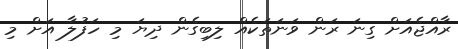
ރާއްޖެއަށް ގިނަ ރަން ވަނަތަކެއް ލިބިގެން ދިޔަ މި ހަފުލާ އަށް މި